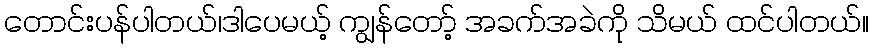
တောင်းပန်ပါတယ်၊ဒါပေမယ့် ကျွန်တော့် အခက်အခဲကို သိမယ် ထင်ပါတယ်။